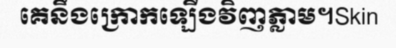
គេនឹងក្រោកឡើងវិញភ្លាម។Skin